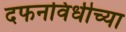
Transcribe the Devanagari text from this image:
दफनविधीच्या